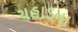
ચહાડના